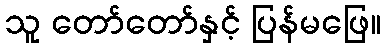
သူ တော်တော်နှင့် ပြန်မဖြေ။